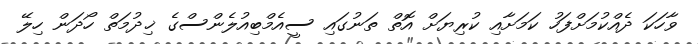
ވާހަކަ ދެއްކުމަށްފަހު ކަމަށާއި ކުރިޔަށް އޮތް ތަނުގައި ސީއެމްބިއުލެންސްގެ ޚިދުމަތް ހޯދަން ހިލޭ